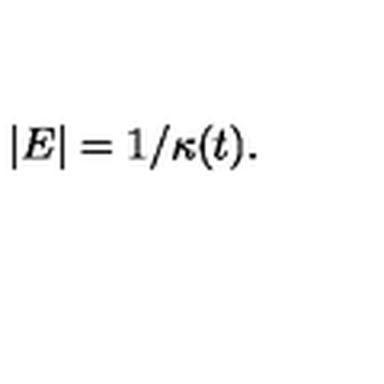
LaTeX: | E | = 1 / \kappa ( t ) .